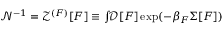
\begin{array} { r } { \mathcal { N } ^ { - 1 } = \mathcal { Z } ^ { ( F ) } [ \boldsymbol { F } ] \equiv \int \! \! \mathscr { D } [ \boldsymbol { F } ] \exp ( - \beta _ { F } \Sigma [ \boldsymbol { F } ] ) } \end{array}